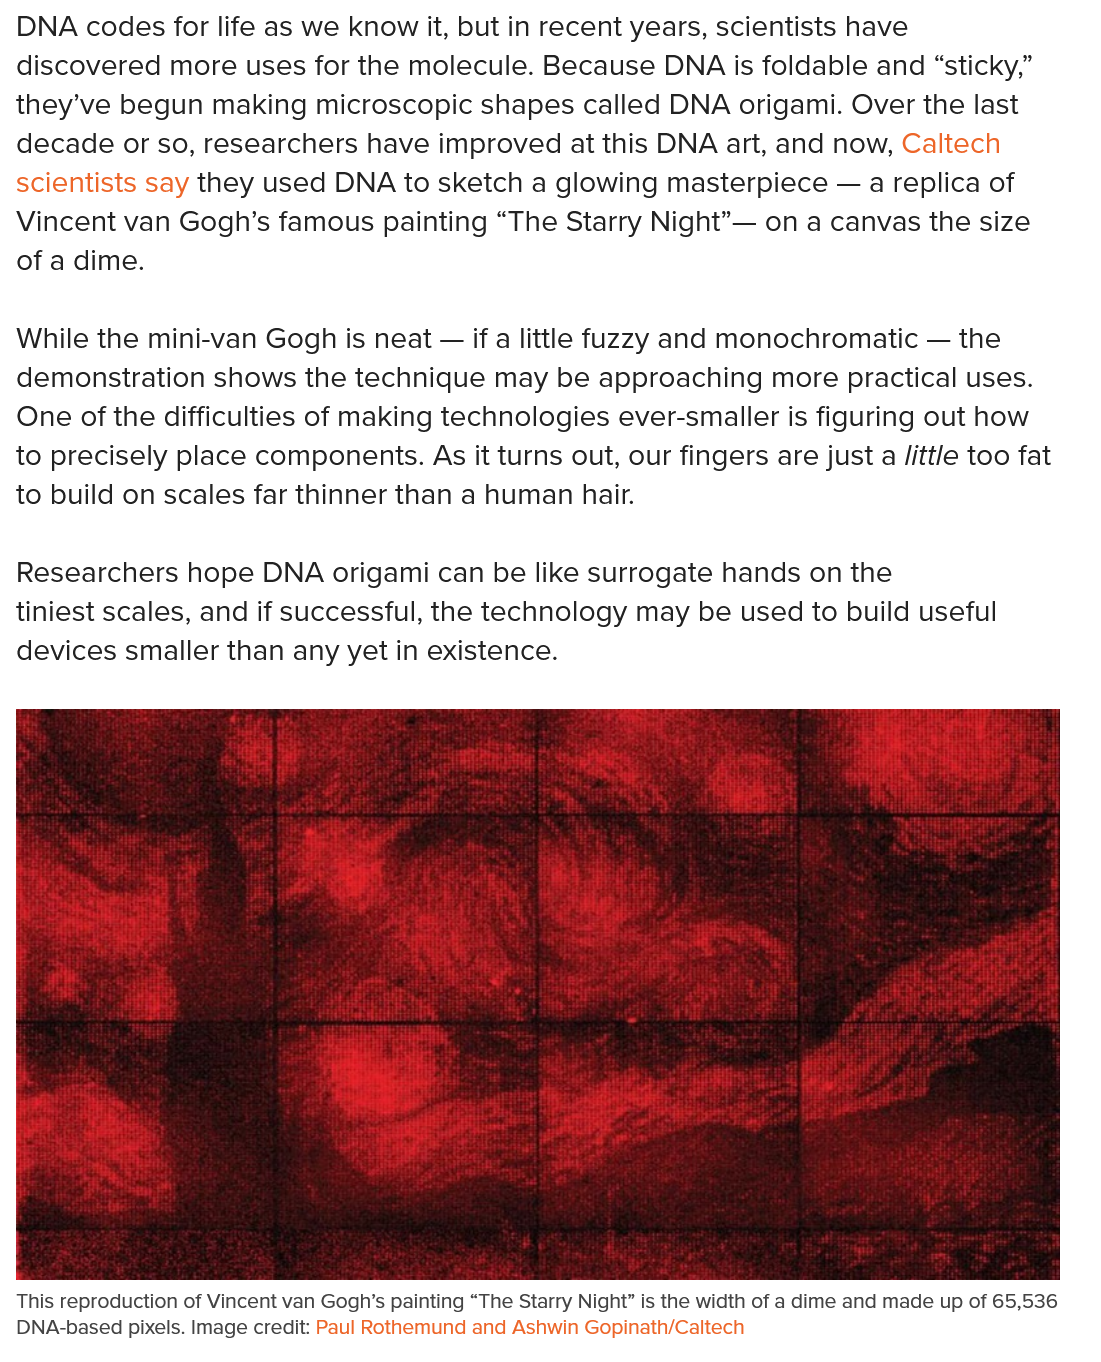
This reproduction of Vincent van Gogh’s painting “The Starry Night” is the width of a dime and made up of 65,536
  DNA-based pixels. Image credit: Paul Rothemund and Ashwin Gopinath/Caltech
  While  the  mini-van  Gogh is   neat
     —
     if
  a
     little  fuzzy  and  monochromatic
     —
     the
  demonstration    shows  the  technique   may   be  approaching    more practical   uses.
  One of the   difficulties of making   technologies   ever-smaller  is  figuring out  how
  to precisely  place  components.    As it  turns out, our  fingers are  just a /ittle too fat
  to build on  scales far  thinner than  a human  hair.
  DNA codes   for life  as we  know it,  but  in recent years,  scientists have
  discovered    more  uses  for the  molecule.   Because   DNA is   foldable  and  “sticky,”
  they’ve  begun   making    microscopic   shapes   called  DNA   origami.  Over the   last
  decade   or so,  researchers   have  improved    at this DNA art,  and  now, Caltech
  scientists say  they  used  DNA to   sketch   a glowing   masterpiece    — a  replica of
  Vincent  van  Gogh’s   famous  painting   “The   Starry Night”—   on  a canvas the size
  of a dime.
     ”
  Researchers    hope   DNA origami    can  be like  surrogate  hands   on  the
  tiniest scales, and  if successful,  the technology    may  be  used to   build useful
  devices   smaller  than  any yet  in existence.